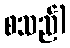
စသည်)